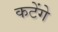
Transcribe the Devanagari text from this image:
कटेंगे